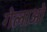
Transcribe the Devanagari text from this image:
गेलाओ